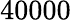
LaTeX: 40000